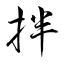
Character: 拌